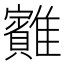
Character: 䨈